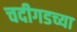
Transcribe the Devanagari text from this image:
चदीगडच्या